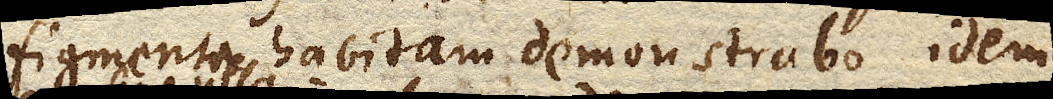
figmenta habitam demonstrabo, idem